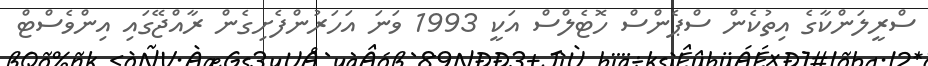
ސްރީލަންކާގެ އިތުކެން ސްޕެންސް ހޮޓެލްސް އަކީ 1993 ވަނަ އަހަރުންފެށިގެން ރާއްޖޭގައި އިންވެސްޓް